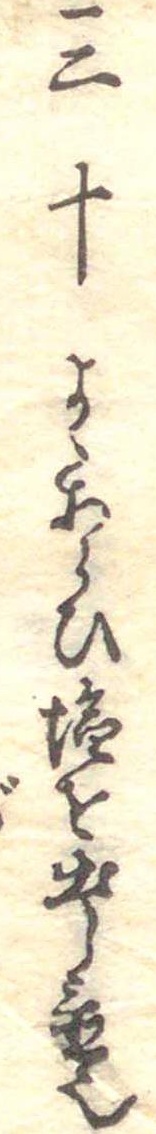
三十よくあらひ塩を出し置也